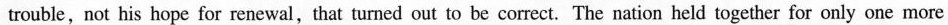
trouble,not his hope for renewal,that tumed out to be corect. The nation held together for only one more